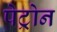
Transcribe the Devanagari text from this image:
पेट्रोन